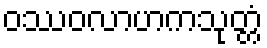
ဝဿဝလာဟကသုတ္တံ